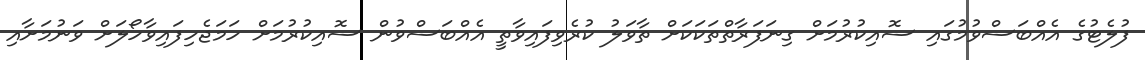
ފުލެޓުގެ އެއްބަސްވުމުގައި ސޮއިކުރުމަށް ގިނަފަރާތްތަކަކަށް ތާވަލު ކުރެވިފައިވާތީ އެއްބަސްވުން ސޮއިކުރުމަށް ހަމަޖެހިފައިވާހޯލަށް ވަނުމަށާއި